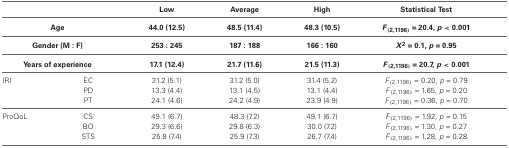
<table><thead><tr><td></td><td></td><td><b>Low</b></td><td><b>Average</b></td><td><b>High</b></td><td><b>Statistical Test</b></td></tr><tr><td colspan="2"><b>Age</b></td><td><b>44.0 (12.5)</b></td><td><b>48.5 (11.4)</b></td><td><b>48.3 (10.5)</b></td><td><b><i>F</i><sub>(2,1196)</sub> = 20.4, <i>p</i> &lt; 0.001</b></td></tr><tr><td colspan="2"><b>Gender (M : F)</b></td><td><b>253 : 245</b></td><td><b>187 : 188</b></td><td><b>166 : 160</b></td><td><b><i>X</i><sup>2</sup> = 0.1, <i>p</i> = 0.95</b></td></tr><tr><td colspan="2"><b>Years of experience</b></td><td><b>17.1 (12.4)</b></td><td><b>21.7 (11.6)</b></td><td><b>21.5 (11.3)</b></td><td><b><i>F</i><sub>(2,1196)</sub> = 20.7, <i>p</i> &lt; 0.001</b></td></tr></thead><tbody><tr><td rowspan="3">IRI</td><td>EC</td><td>31.2 (5.1)</td><td>31.2 (5.0)</td><td>31.4 (5.2)</td><td><i>F</i><sub>(2,1196)</sub> = 0.20, <i>p</i> = 0.79</td></tr><tr><td>PD</td><td>13.3 (4.4)</td><td>13.1 (4.5)</td><td>13.1 (4.4)</td><td><i>F</i><sub>(2,1196)</sub> = 1.65, <i>p</i> = 0.20</td></tr><tr><td>PT</td><td>24.1 (4.6)</td><td>24.2 (4.9)</td><td>23.9 (4.9)</td><td><i>F</i><sub>(2,1196)</sub> = 0.36, <i>p</i> = 0.70</td></tr><tr><td rowspan="3">ProQoL</td><td>CS</td><td>49.1 (6.7)</td><td>48.3 (7.2)</td><td>49.1 (6.7)</td><td><i>F</i><sub>(2,1196)</sub> = 1.92, <i>p</i> = 0.15</td></tr><tr><td>BO</td><td>29.3 (6.6)</td><td>29.8 (6.3)</td><td>30.0 (7.2)</td><td><i>F</i><sub>(2,1196)</sub> = 1.30, <i>p</i> = 0.27</td></tr><tr><td>STS</td><td>25.8 (7.4)</td><td>25.9 (7.3)</td><td>26.7 (7.4)</td><td><i>F</i><sub>(2,1196)</sub> = 1.28, <i>p</i> = 0.28</td></tr></tbody></table>